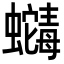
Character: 𬠶